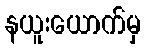
နယူးယောက်မှ